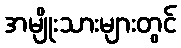
အမျိုးသားများတွင်